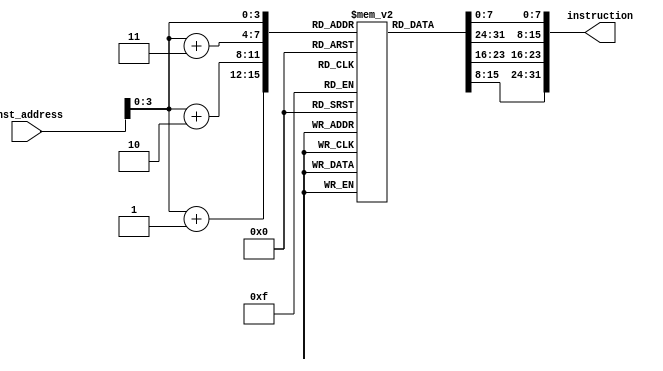
module Instruction_Memory
(
	input [63:0] inst_address,
	output reg [31:0] instruction
);

	reg [7:0] memory [15:0];
	initial
		begin
		memory[0] = 8'b10110011;
		memory[1] = 8'b10000000;
		memory[2] = 8'b00100001;
		memory[3] = 8'b00000000;
		memory[4] = 8'b00110011;
		memory[5] = 8'b10000010;
		memory[6] = 8'b00010010;
		memory[7] = 8'b00000000;
		memory[8] = 8'b10010011;
		memory[9] = 8'b10000100;
		memory[10] = 8'b00010100;
		memory[11] = 8'b00000000;
		memory[12] = 8'b00100011;
		memory[13] = 8'b00110100;
		memory[14] = 8'b10010101;
		memory[15] = 8'b00000010;
		end
		
	always @ (inst_address)
	begin
		instruction = {memory[inst_address+3], memory[inst_address+2], memory[inst_address+1],
		memory[inst_address]};
	end
	
endmodule